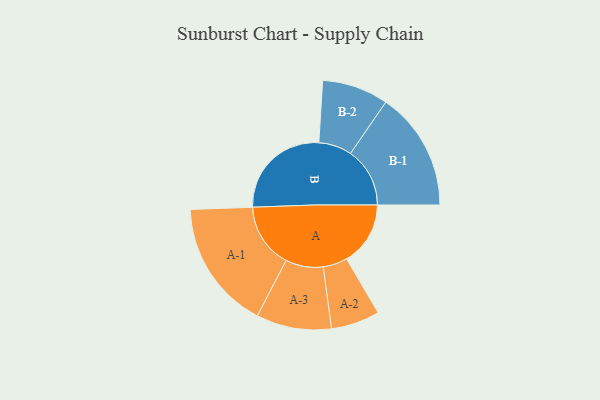
{"axis": {"x": "Segment", "y": "Value"}, "legend": ["", "A", "B"], "data": [{"x": "A", "y": 275, "type": ""}, {"x": "B", "y": 441, "type": ""}, {"x": "A-1", "y": 279, "type": "A"}, {"x": "A-2", "y": 105, "type": "A"}, {"x": "A-3", "y": 162, "type": "A"}, {"x": "B-1", "y": 256, "type": "B"}, {"x": "B-2", "y": 143, "type": "B"}]}